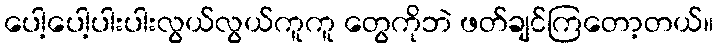
ပေါ့ပေါ့ပါးပါးလွယ်လွယ်ကူကူ တွေကိုဘဲ ဖတ်ချင်ကြတော့တယ်။